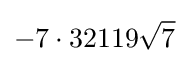
-7\cdot 32119{\sqrt {7}}